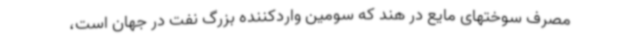
مصرف سوختهای مایع در هند که سومین واردکننده بزرگ نفت در جهان است،